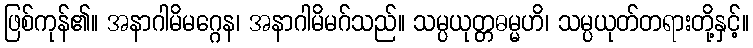
ဖြစ်ကုန်၏။ အနာဂါမိမဂ္ဂေန၊ အနာဂါမိမဂ်သည်။ သမ္ပယုတ္တဓမ္မဟိ၊ သမ္ပယုတ်တရားတို့နှင့်။